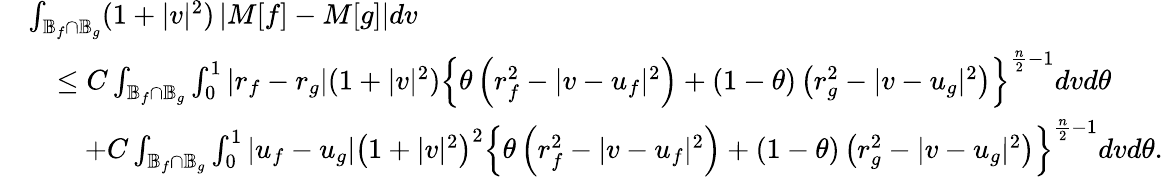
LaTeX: \begin{array}{rl}&{\int_{\mathbb{B}_{f}\cap\mathbb{B}_{g}}(1+|v|^{2})\left|M[f]-M[g]\right|dv}\\ &{\quad\le C\int_{\mathbb{B}_{f}\cap\mathbb{B}_{g}}\int_{0}^{1}\left|r_{f}-r_{g}\right|(1+|v|^{2})\left\{ \theta\left(r_{f}^{2}-|v-u_{f}|^{2}\right)+(1-\theta)\left(r_{g}^{2}-|v-u_{g}|^{2}\right)\right\} ^{\frac n2-1}dvd\theta}\\ &{\qquad+C\int_{\mathbb{B}_{f}\cap\mathbb{B}_{g}}\int_{0}^{1}\left|u_{f}-u_{g}\right|\left(1+|v|^{2}\right)^{2}\left\{ \theta\left(r_{f}^{2}-|v-u_{f}|^{2}\right)+(1-\theta)\left(r_{g}^{2}-|v-u_{g}|^{2}\right)\right\} ^{\frac n2-1}dvd\theta.}\end{array}